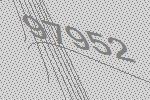
97952